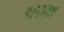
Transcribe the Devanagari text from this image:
चानात्मा